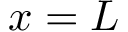
x = L